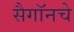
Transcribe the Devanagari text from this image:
सैगॉनचे